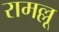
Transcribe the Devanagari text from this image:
रामल्लू